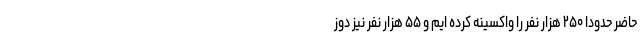
حاضر حدودا ۲۵۰ هزار نفر را واکسینه کرده ایم و ۵۵ هزار نفر نیز دوز